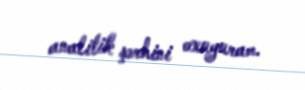
analitik şərhini oxuyuram.